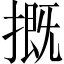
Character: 摡